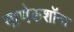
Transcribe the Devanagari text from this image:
माणेकशॉना